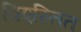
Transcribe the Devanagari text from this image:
विएस्तित